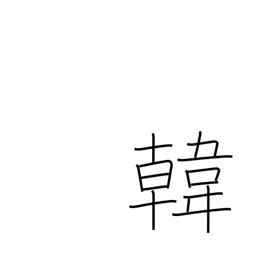
Meaning: Korea